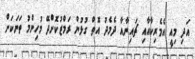
އަދި މިއީ އެމެރިކާއާއި ޗައިނާއާ ދެމެދު އޮތް ގުޅުން ރަމްޒުކޮށްދޭ މުހިންމު ތަނަކަށް